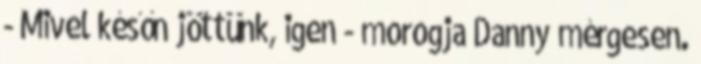
- Mivel későn jöttünk, igen - morogja Danny mérgesen.